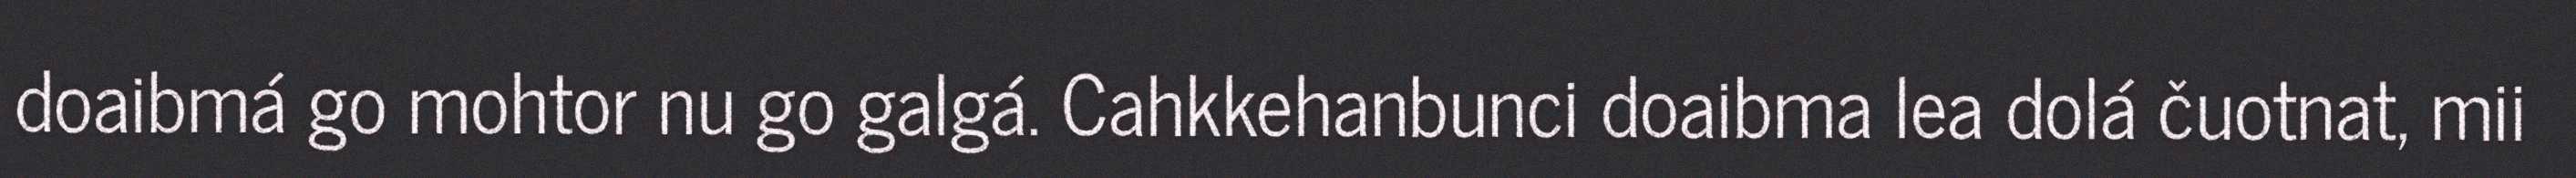
doaibmá go mohtor nu go galgá. Cahkkehanbunci doaibma lea dolá čuotnat, mii